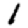
Digit: 1